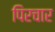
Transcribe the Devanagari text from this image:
पिरचार